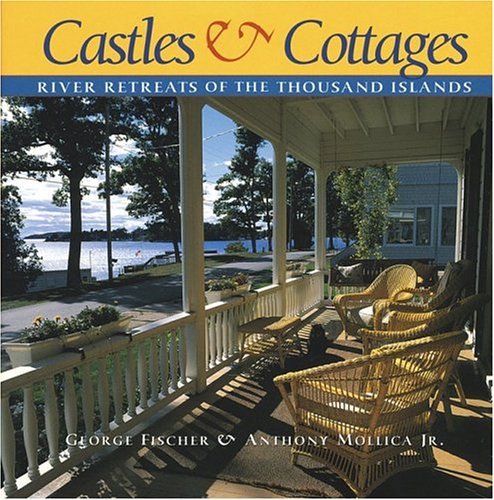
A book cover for Castles and Cottages: River Retreats of the Thousand Islands; George Fischer; Travel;